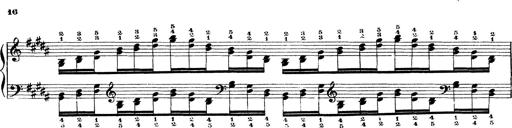
Title: Technische Studien
Composer: Franz Liszt